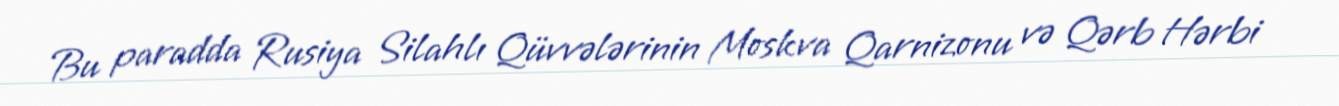
Bu paradda Rusiya Silahlı Qüvvələrinin Moskva Qarnizonu və Qərb Hərbi